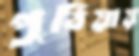
পুঠিয়ায়